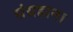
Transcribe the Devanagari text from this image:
संग्रहाना